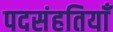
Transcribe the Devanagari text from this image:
पदसंहतियाँ